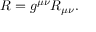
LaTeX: R = g ^ { \mu \nu } R _ { \mu \nu } .